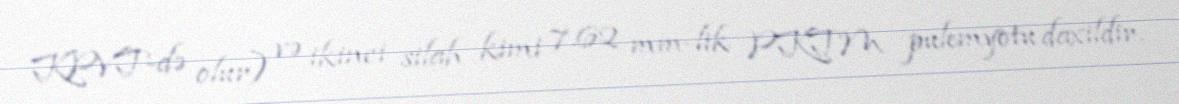
KPVT-də olur) və ikinci silah kimi 7.62 mm-lik PKTM pulemyotu daxildir.